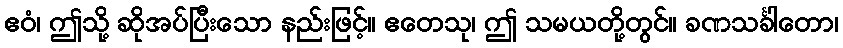
ဧဝံ၊ ဤသို့ ဆိုအပ်ပြီးသော နည်းဖြင့်။ ဧတေသု၊ ဤ သမယတို့တွင်။ ခဏသင်္ခါတော၊